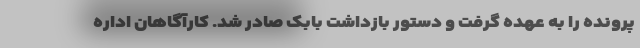
پرونده را به عهده گرفت و دستور بازداشت بابک صادر شد. کارآگاهان اداره